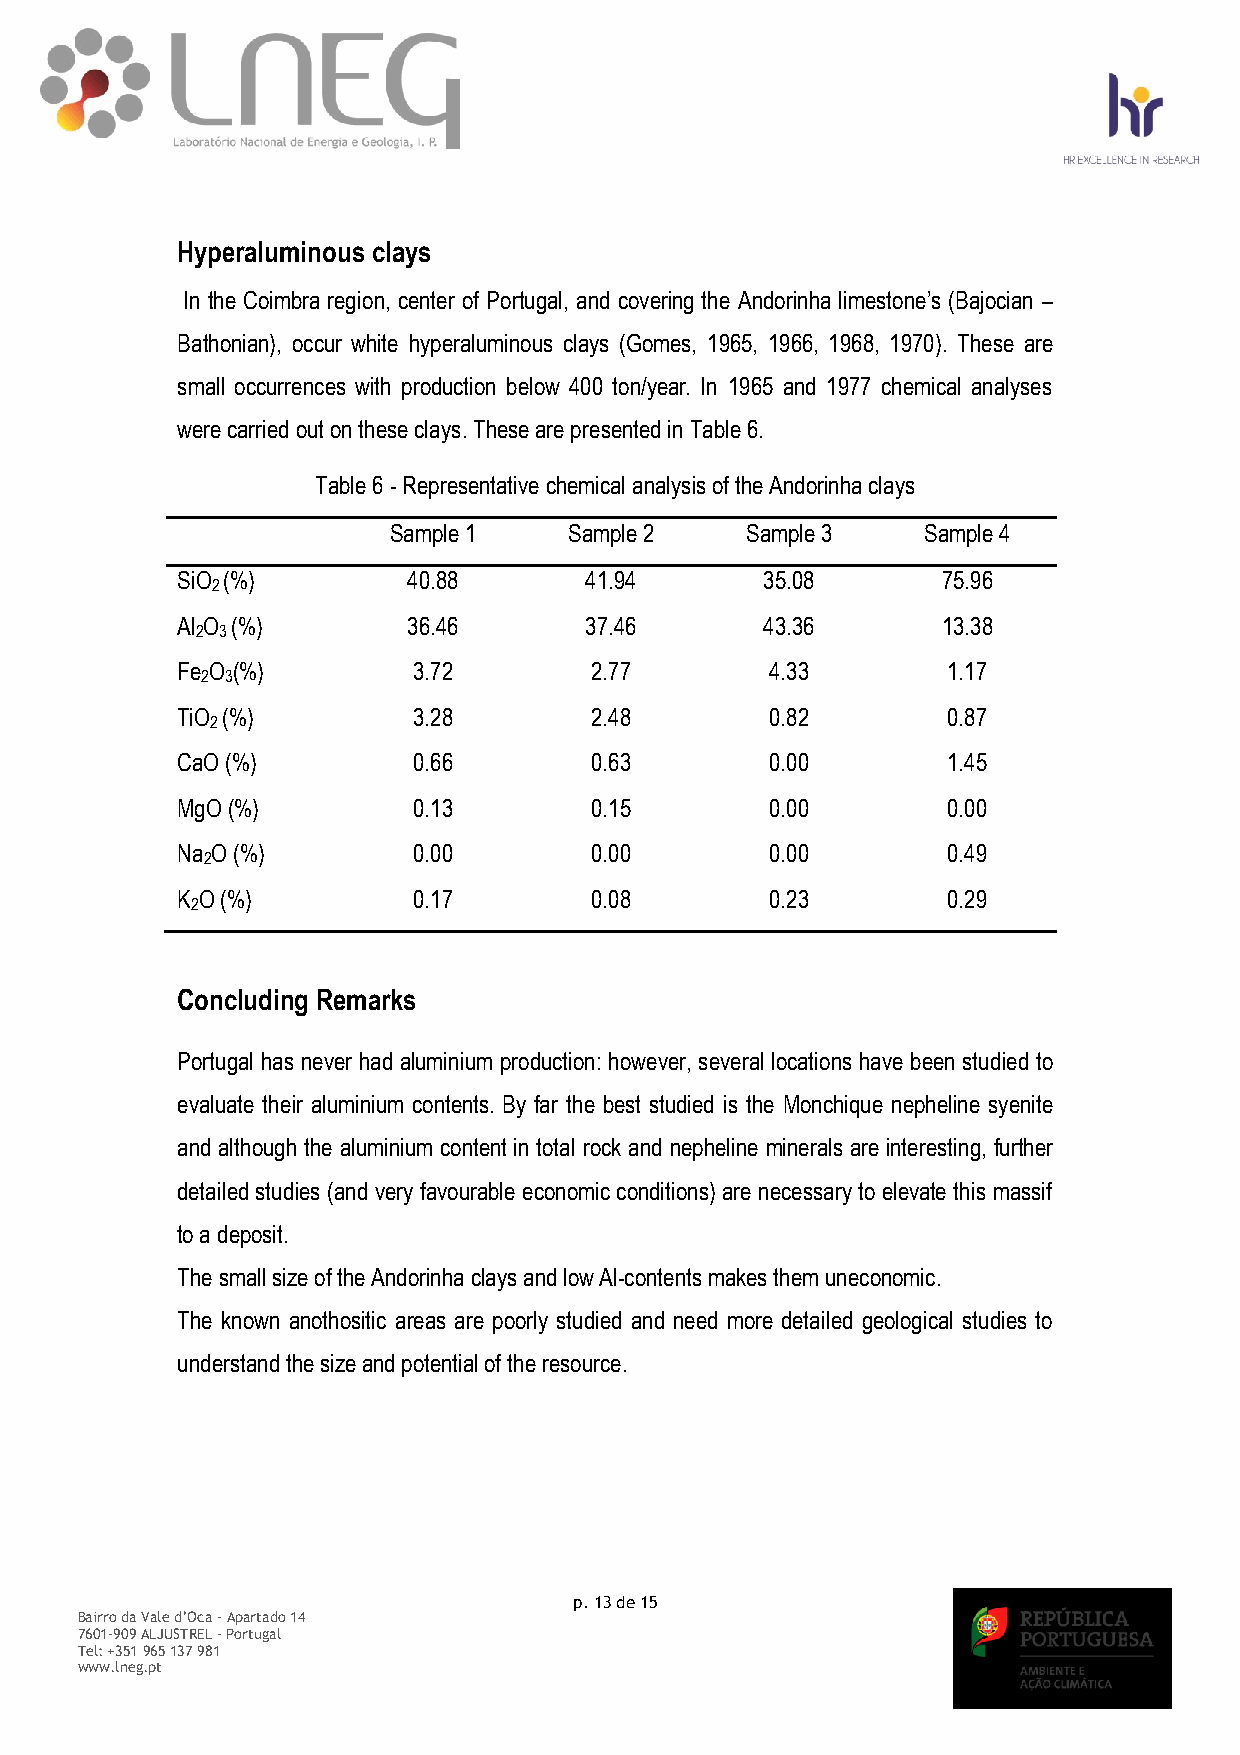
Hyperaluminous clays
 In the Coimbra region, center of Portugal, and covering the Andorinha limestone’s (Bajocian –
 Bathonian), occur white hyperaluminous clays (Gomes, 1965, 1966, 1968, 1970). These are
 small occurrences with production below 400 ton/year. In 1965 and 1977 chemical analyses
 were carried out on these clays. These are presented in Table 6.
 Table 6 - Representative chemical analysis of the Andorinha clays
 Sample 1    Sample 2   Sample 3    Sample 4
 SiO (%)        40.88       41.94       35.08      75.96
 2
 Al O (%)       36.46       37.46       43.36      13.38
 2 3
 Fe O (%)       3.72        2.77        4.33        1.17
 2 3
 TiO (%)        3.28        2.48        0.82        0.87
 2
 CaO (%)        0.66        0.63        0.00        1.45
 MgO (%)        0.13        0.15        0.00        0.00
 Na O (%)       0.00        0.00        0.00        0.49
 2
 K O (%)        0.17        0.08        0.23        0.29
 2
 Concluding Remarks
 Portugal has never had aluminium production: however, several locations have been studied to
 evaluate their aluminium contents. By far the best studied is the Monchique nepheline syenite
 and although the aluminium content in total rock and nepheline minerals are interesting, further
 detailed studies (and very favourable economic conditions) are necessary to elevate this massif
 to a deposit.
 The small size of the Andorinha clays and low Al-contents makes them uneconomic.
 The known anothositic areas are poorly studied and need more detailed geological studies to
 understand the size and potential of the resource.
 p. 13 de 15
 Bairro da Vale d’Oca – Apartado 14
 7601-909 ALJUSTREL - Portugal
 Tel: +351 965 137 981
 www.lneg.pt